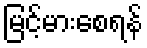
မြင့်မားစေရန်